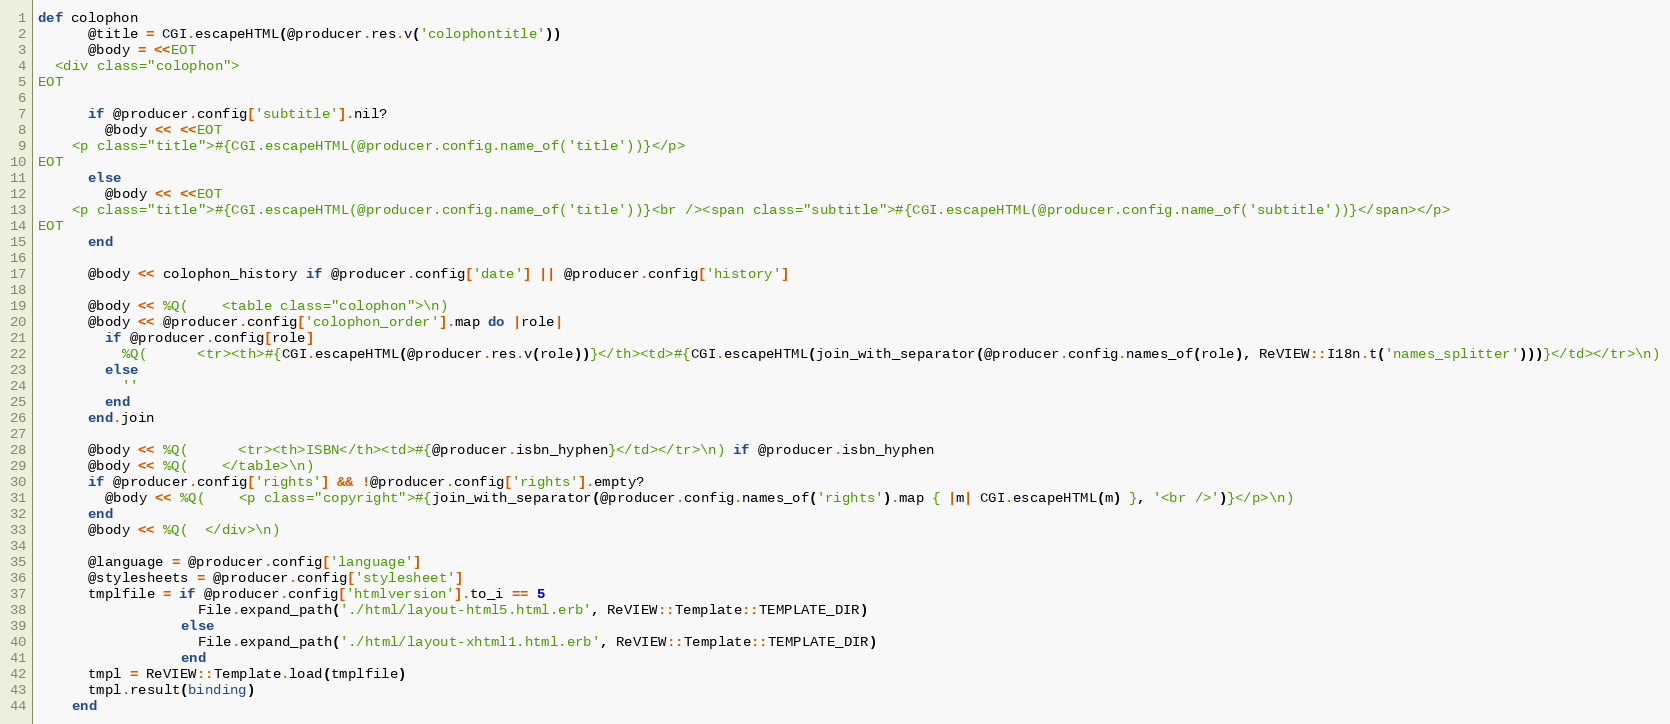
Language: Ruby
def colophon
      @title = CGI.escapeHTML(@producer.res.v('colophontitle'))
      @body = <<EOT
  <div class="colophon">
EOT

      if @producer.config['subtitle'].nil?
        @body << <<EOT
    <p class="title">#{CGI.escapeHTML(@producer.config.name_of('title'))}</p>
EOT
      else
        @body << <<EOT
    <p class="title">#{CGI.escapeHTML(@producer.config.name_of('title'))}<br /><span class="subtitle">#{CGI.escapeHTML(@producer.config.name_of('subtitle'))}</span></p>
EOT
      end

      @body << colophon_history if @producer.config['date'] || @producer.config['history']

      @body << %Q(    <table class="colophon">\n)
      @body << @producer.config['colophon_order'].map do |role|
        if @producer.config[role]
          %Q(      <tr><th>#{CGI.escapeHTML(@producer.res.v(role))}</th><td>#{CGI.escapeHTML(join_with_separator(@producer.config.names_of(role), ReVIEW::I18n.t('names_splitter')))}</td></tr>\n)
        else
          ''
        end
      end.join

      @body << %Q(      <tr><th>ISBN</th><td>#{@producer.isbn_hyphen}</td></tr>\n) if @producer.isbn_hyphen
      @body << %Q(    </table>\n)
      if @producer.config['rights'] && !@producer.config['rights'].empty?
        @body << %Q(    <p class="copyright">#{join_with_separator(@producer.config.names_of('rights').map { |m| CGI.escapeHTML(m) }, '<br />')}</p>\n)
      end
      @body << %Q(  </div>\n)

      @language = @producer.config['language']
      @stylesheets = @producer.config['stylesheet']
      tmplfile = if @producer.config['htmlversion'].to_i == 5
                   File.expand_path('./html/layout-html5.html.erb', ReVIEW::Template::TEMPLATE_DIR)
                 else
                   File.expand_path('./html/layout-xhtml1.html.erb', ReVIEW::Template::TEMPLATE_DIR)
                 end
      tmpl = ReVIEW::Template.load(tmplfile)
      tmpl.result(binding)
    end